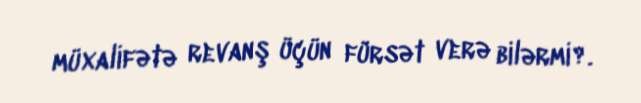
müxalifətə revanş üçün fürsət verə bilərmi?.